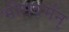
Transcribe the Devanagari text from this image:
भीमवर्मन्